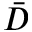
\bar { D }